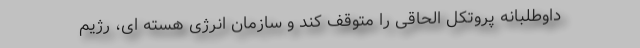
داوطلبانه پروتکل الحاقی را متوقف کند و سازمان انرژی هسته ای، رژیم